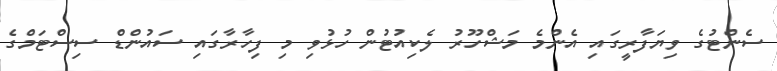
ސެންޓުގެ ވިޔަފާރީގައި އެންމެ މަޝްހޫރު ލެކިއުޓުން ހުޅުވި މި ފިހާރާގައި ސައުންޑް ސިސްޓަމްގެ